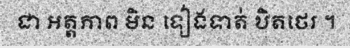
ជា អត្តភាព មិន ទៀងទាត់ ឋិតថេរ ។